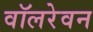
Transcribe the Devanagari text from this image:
वॉलरेवन